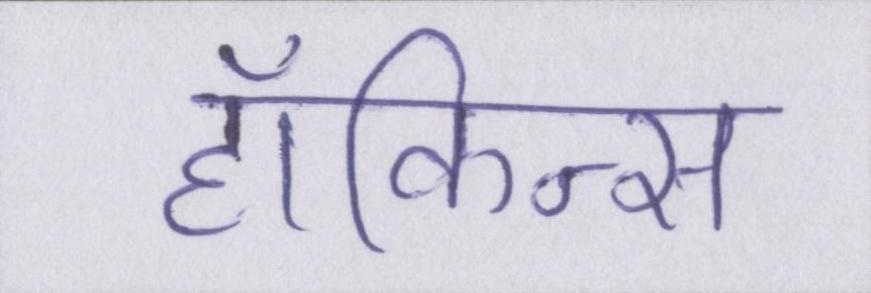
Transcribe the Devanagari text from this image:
हॉकिन्स